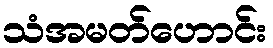
သံအမတ်ဟောင်း